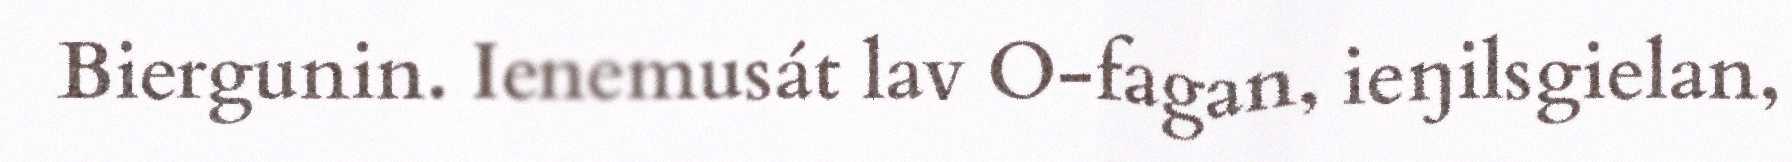
Biergunin. Ienemusát lav O-fagan, ieŋilsgielan,